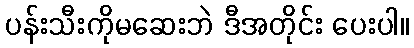
ပန်းသီးကိုမဆေးဘဲ ဒီအတိုင်း ပေးပါ။